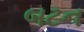
બટન